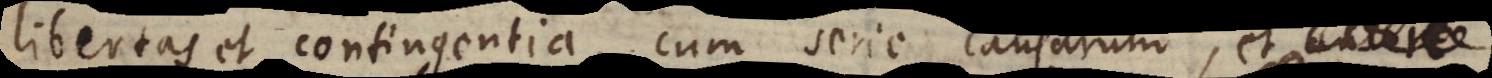
libertas et contingentia, cum serie causarum, et ante